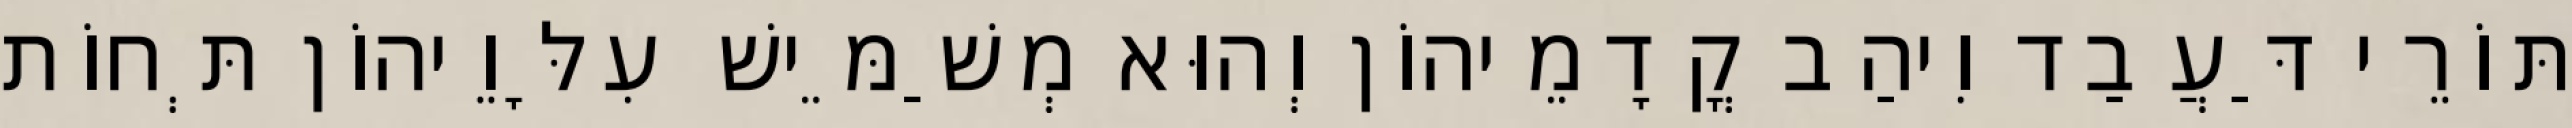
תּוֹרֵי דַּעֲבַד וִיהַב קֳדָמֵיהוֹן וְהוּא מְשַׁמֵּישׁ עִלָּוֵיהוֹן תְּחוֹת